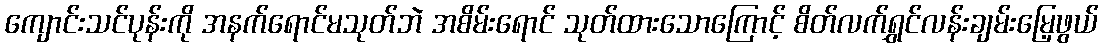
ကျောင်းသင်ပုန်းကို အနက်ရောင်မသုတ်ဘဲ အစိမ်းရောင် သုတ်ထားသောကြောင့် စိတ်လက်ရွှင်လန်းချမ်းမြေ့ဖွယ်